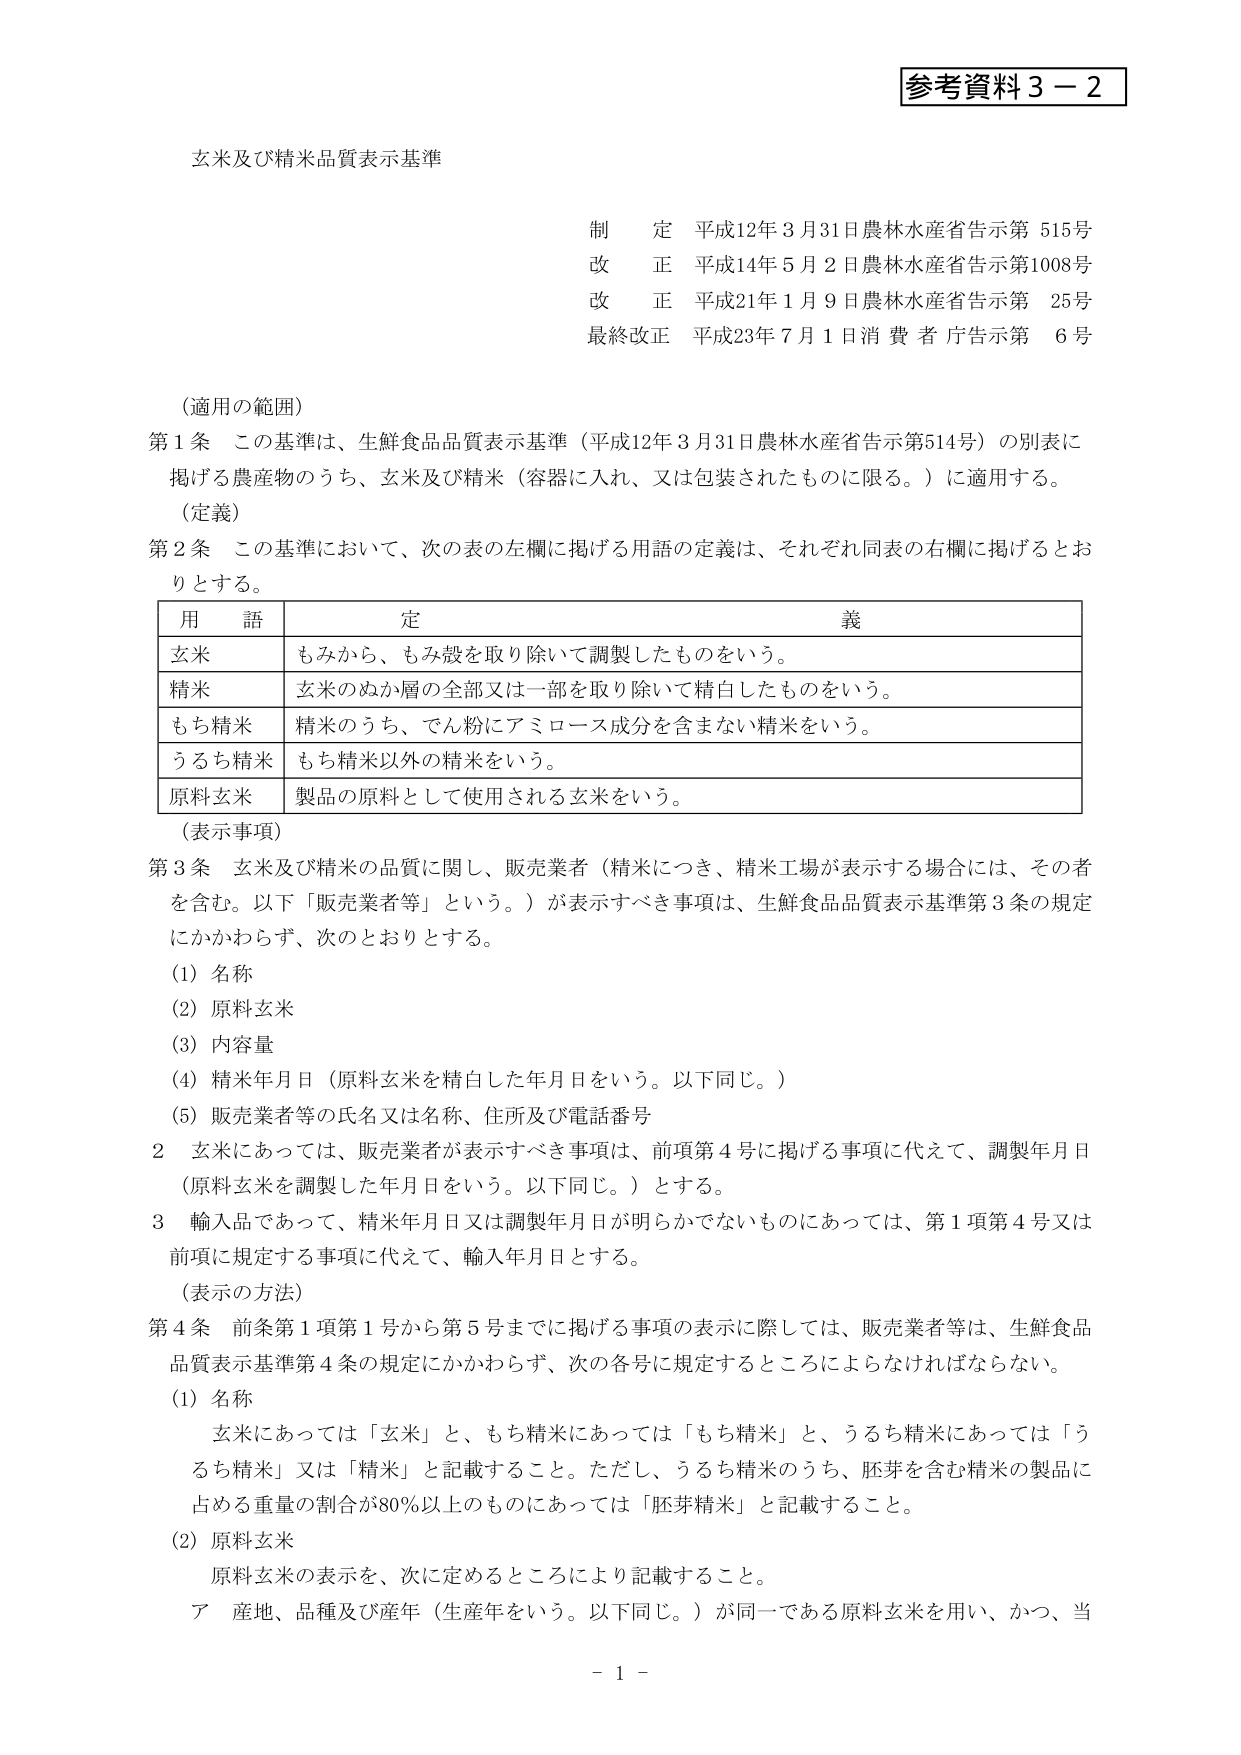
参考資料３－２

玄米及び精米品質表示基準

制定 平成12年3月31日農林水産省告示第515号
改正 平成14年5月2日農林水産省告示第1008号
改正 平成21年1月9日農林水産省告示第25号
最終改正 平成23年7月1日消費者庁告示第6号

（適用の範囲）
第1条 この基準は、生鮮食品品質表示基準（平成12年3月31日農林水産省告示第514号）の別表に掲げる農産物のうち、玄米及び精米（容器に入れ、又は包装されたものに限る。）に適用する。

（定義）
第2条 この基準において、次の表の左欄に掲げる用語の定義は、それぞれ同表の右欄に掲げるとおりとする。

| 用語 | 定義 |
|------|------|
| 玄米 | もみから、もみ殻を取り除いて調製したものをいう。 |
| 精米 | 玄米のぬか層の全部又は一部を取り除いて精白したものをいう。 |
| もち精米 | 精米のうち、でん粉にアミロース成分を含まない精米をいう。 |
| うるち精米 | もち精米以外の精米をいう。 |
| 原料玄米 | 製品の原料として使用される玄米をいう。 |

（表示事項）
第3条 玄米及び精米の品質に関し、販売業者（精米につき、精米工場が表示する場合には、その者を含む。以下「販売業者等」という。）が表示すべき事項は、生鮮食品品質表示基準第3条の規定にかかわらず、次のとおりとする。
(1) 名称
(2) 原料玄米
(3) 内容量
(4) 精米年月日（原料玄米を精白した年月日をいう。以下同じ。）
(5) 販売業者等の氏名又は名称、住所及び電話番号

2 玄米にあっては、販売業者が表示すべき事項は、前項第4号に掲げる事項に代えて、調製年月日（原料玄米を調製した年月日をいう。以下同じ。）とする。

3 輸入品であって、精米年月日又は調製年月日が明らかでないものにあっては、第1項第4号又は前項に規定する事項に代えて、輸入年月日とする。

（表示の方法）
第4条 前条第1項第1号から第5号までに掲げる事項の表示に際しては、販売業者等は、生鮮食品品質表示基準第4条の規定にかかわらず、次の各号に規定するところによらなければならない。
(1) 名称
　　玄米にあっては「玄米」と、もち精米にあっては「もち精米」と、うるち精米にあっては「うるち精米」又は「精米」と記載すること。ただし、うるち精米のうち、胚芽を含む精米の製品に占める重量の割合が80％以上ものにあっては「胚芽精米」と記載すること。
(2) 原料玄米
　　原料玄米の表示を、次に定めるところにより記載すること。
　　ア 産地、品種及び産年（生産年をいう。以下同じ。）が同一である原料玄米を用い、かつ、当

- 1 -